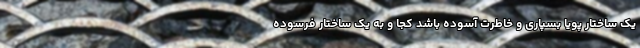
یک ساختار پویا بسپاری و خاطرت آسوده باشد کجا و به یک ساختار فرسوده